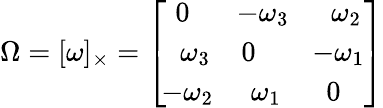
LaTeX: \Omega=[\omega]_{\times}={\left[\begin{array}{lll}{\, \, 0}&{\! -\omega_{3}}&{\, \, \, \omega_{2}}\\ {\, \, \, \omega_{3}}&{0}&{\! -\omega_{1}}\\ {\! -\omega_{2}}&{\, \, \omega_{1}}&{\, \, 0}\end{array}\right]}